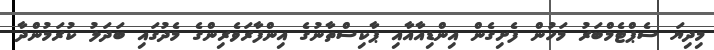
މިދިޔަ ސެޕްޓެމްބަރު މަހުން ފެށިގެން އިންޑިއާއާއި ޕާކިސްތާނުގެ އިންފާރަވެރިންގެ މެދުގައި ބަދަލު ކުރަމުންދާ